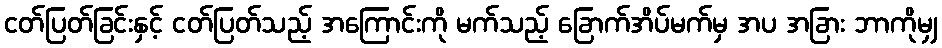
ငတ်ပြတ်ခြင်းနှင့် ငတ်ပြတ်သည့် အကြောင်းကို မက်သည့် ခြောက်အိပ်မက်မှ အပ အခြား ဘာကိုမျှ